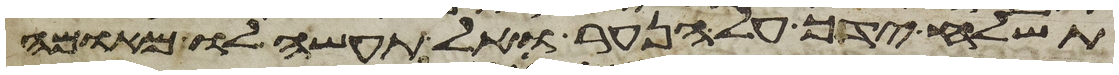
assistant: תשלח ידך על הנער ואל תעשה לו מאומה